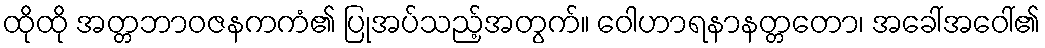
ထိုထို အတ္တဘာဝဇနကကံ၏ ပြုအပ်သည့်အတွက်။ ဝေါဟာရနာနတ္တတော၊ အခေါ်အဝေါ်၏